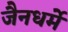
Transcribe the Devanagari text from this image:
जैनधर्मे